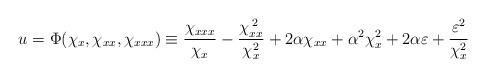
LaTeX: \begin{align*}u = \Phi(\chi_x,\chi_{xx},\chi_{xxx}) \equiv\frac{\chi_{xxx}}{\chi_x} - \frac{\chi_{xx}^{\;2}}{\chi_x^2} + 2\alpha \chi_{xx} + \alpha^2 \chi_{x}^2 + 2 \alpha \varepsilon +\frac{\varepsilon^{2}}{\chi_x^2} \end{align*}